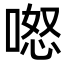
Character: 𭉏